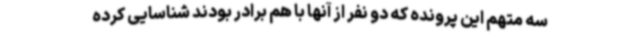
سه متهم این پرونده که دو نفر از آنها با هم برادر بودند شناسایی کرده